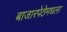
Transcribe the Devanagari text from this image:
बाजारपेठेमधला